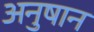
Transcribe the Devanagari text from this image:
अनुषान